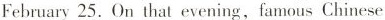
February 25 . On that evening, famous Chinese